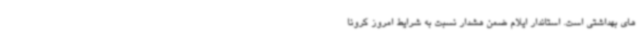
های بهداشتی است. استاندار ایلام ضمن هشدار نسبت به شرایط امروز کرونا